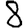
Digit: 8